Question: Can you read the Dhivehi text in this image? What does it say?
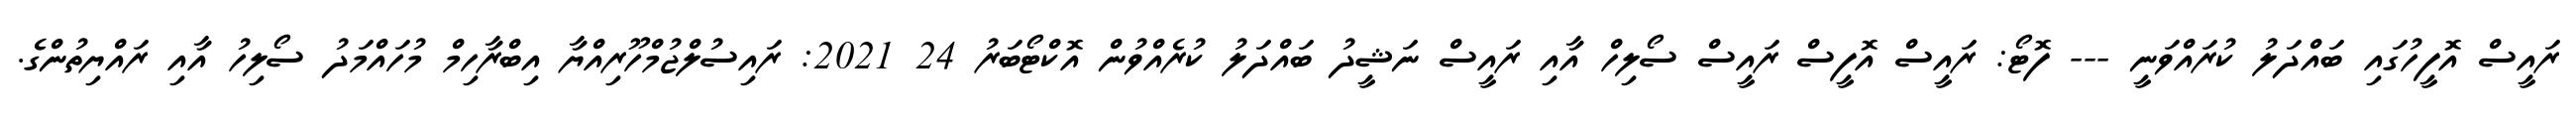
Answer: ރައީސް އޮފީހުގައި ބައްދަލު ކުރައްވަނީ --- ފޮޓޯ: ރައީސް އޮފީސް ރައީސް ސޯލިހް އާއި ރައީސް ނަޝީދު ބައްދަލު ކުރެއްވުން އޮކްޓޯބަރު 24 2021: ރައިސުލްޖުމްހޫރިއްޔާ އިބްރާހިމް މުހައްމަދު ސޯލިހު އާއި ރައްޔިތުންގެ.